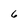
Character: 6